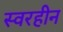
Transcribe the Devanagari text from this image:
स्वरहीन